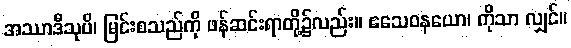
အဿာဒီသုပိ၊ မြင်းစသည်ကို ဖန်ဆင်းရာတို့၌လည်း။ ဧသေဝနယော၊ ကိုသာ လျှင်။